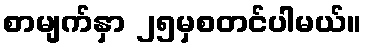
စာမျက်နှာ ၂၅မှစတင်ပါမယ်။